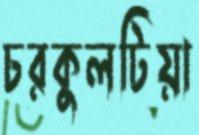
চরকুলটিয়া